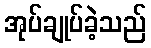
အုပ်ချုပ်ခဲ့သည်